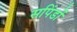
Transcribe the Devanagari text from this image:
सपिंडों